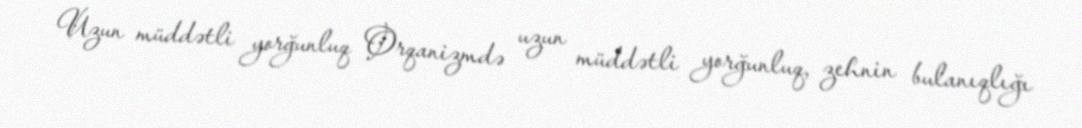
Uzun müddətli yorğunluq Orqanizmdə uzun müddətli yorğunluq, zehnin bulanıqlığı